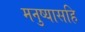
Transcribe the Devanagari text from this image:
मनुष्यासहि